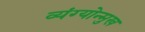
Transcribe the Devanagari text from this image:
व्यंग्योन्मुख